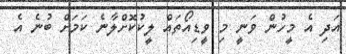
އަދި އެ މީހުން ވަނީ މި ވީޑިއޯތައް ލީކުކޮށްލާނެ ކަމަށް ބުނެ އެ